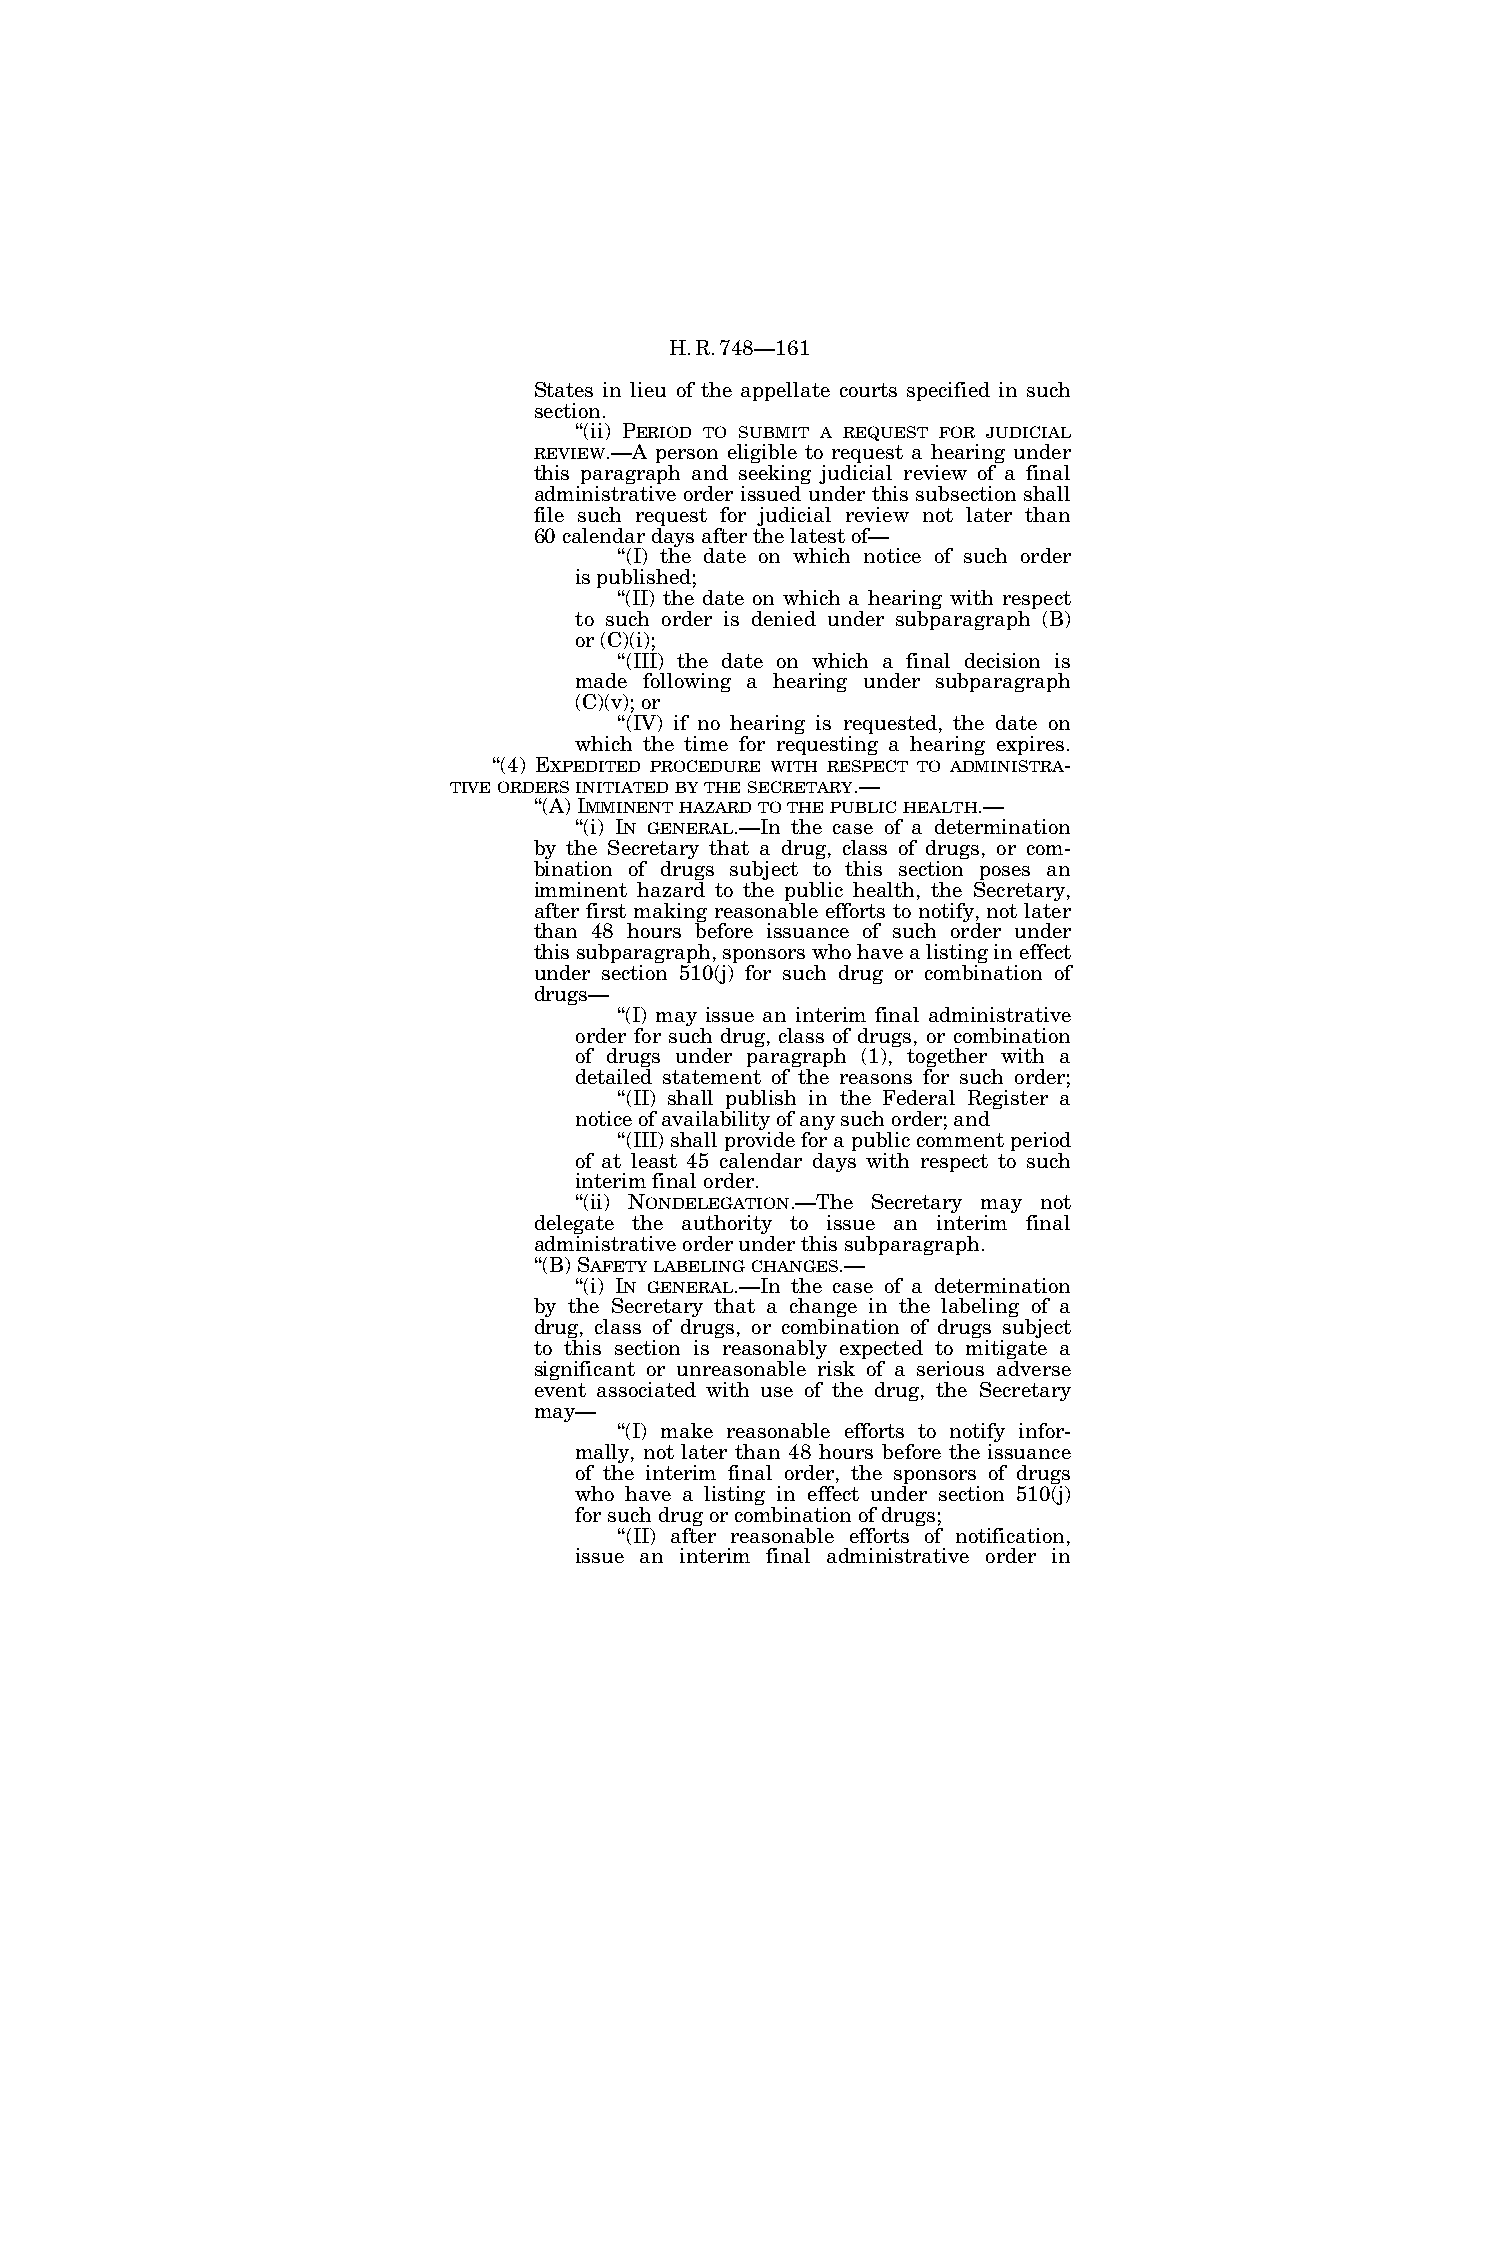
H.R.748—161
 States in lieu of the appellate courts specified in such
 section.
 ‘‘(ii) PERIOD TO SUBMIT A REQUEST FOR JUDICIAL
 REVIEW.—A person eligible to request a hearing under
 this paragraph and seeking judicial review of a final
 administrative order issued under this subsection shall
 file such request for judicial review not later than
 60 calendar days after the latest of—
 ‘‘(I) the date on which notice of such order
 is published;
 ‘‘(II) the date on which a hearing with respect
 to such order is denied under subparagraph (B)
 or (C)(i);
 ‘‘(III) the date on which a final decision is
 made following a hearing under subparagraph
 (C)(v); or
 ‘‘(IV) if no hearing is requested, the date on
 which the time for requesting a hearing expires.
 ‘‘(4) EXPEDITED PROCEDURE WITH RESPECT TO ADMINISTRA-
 TIVEORDERSINITIATEDBYTHESECRETARY.—
 ‘‘(A) IMMINENTHAZARDTOTHEPUBLICHEALTH.—
 ‘‘(i) IN GENERAL.—In the case of a determination
 by the Secretary that a drug, class of drugs, or com-
 bination of drugs subject to this section poses an
 imminent hazard to the public health, the Secretary,
 after first making reasonable efforts to notify, not later
 than 48 hours before issuance of such order under
 this subparagraph, sponsors who have a listing in effect
 under section 510(j) for such drug or combination of
 drugs—
 ‘‘(I) may issue an interim final administrative
 order for such drug, class of drugs, or combination
 of drugs under paragraph (1), together with a
 detailed statement of the reasons for such order;
 ‘‘(II) shall publish in the Federal Register a
 notice of availability of any such order; and
 ‘‘(III) shall provide for a public comment period
 of at least 45 calendar days with respect to such
 interim final order.
 ‘‘(ii) NONDELEGATION.—The Secretary may not
 delegate the authority to issue an interim final
 administrative order under this subparagraph.
 ‘‘(B) SAFETYLABELINGCHANGES.—
 ‘‘(i) IN GENERAL.—In the case of a determination
 by the Secretary that a change in the labeling of a
 drug, class of drugs, or combination of drugs subject
 to this section is reasonably expected to mitigate a
 significant or unreasonable risk of a serious adverse
 event associated with use of the drug, the Secretary
 may—
 ‘‘(I) make reasonable efforts to notify infor-
 mally, not later than 48 hours before the issuance
 of the interim final order, the sponsors of drugs
 who have a listing in effect under section 510(j)
 for such drug or combination of drugs;
 ‘‘(II) after reasonable efforts of notification,
 issue an interim final administrative order in